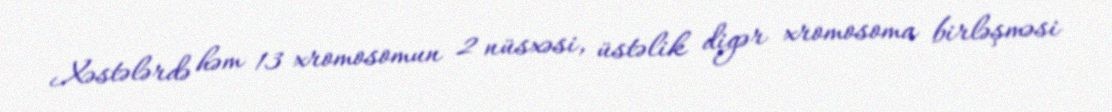
Xəstələrdə həm 13 xromosomun 2 nüsxəsi, üstəlik digər xromosoma birləşməsi